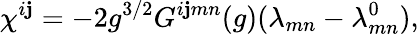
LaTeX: \chi^{i\mathbf{j}}=-2g^{3/2}G^{i\mathbf{j}mn}(g)(\lambda_{mn}-\lambda_{mn}^{0}),